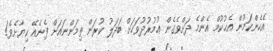
އެހެންކަމުން އެޙުކުމް އެންމެ ދަށްވެގެން ޢުމުރުދުވަހަށް ބަދަލު ކުރަން ތިމަންނައަށް ފެނެއޭ ކިޔާށެވެ!